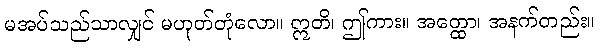
မအပ်သည်သာလျှင် မဟုတ်တုံလော။ ဣတိ၊ ဤကား။ အတ္ထော၊ အနက်တည်း။